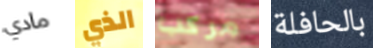
مادي الذي مركب بالحافلة